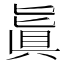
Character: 𠤤